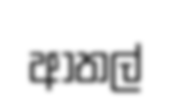
ආතල්